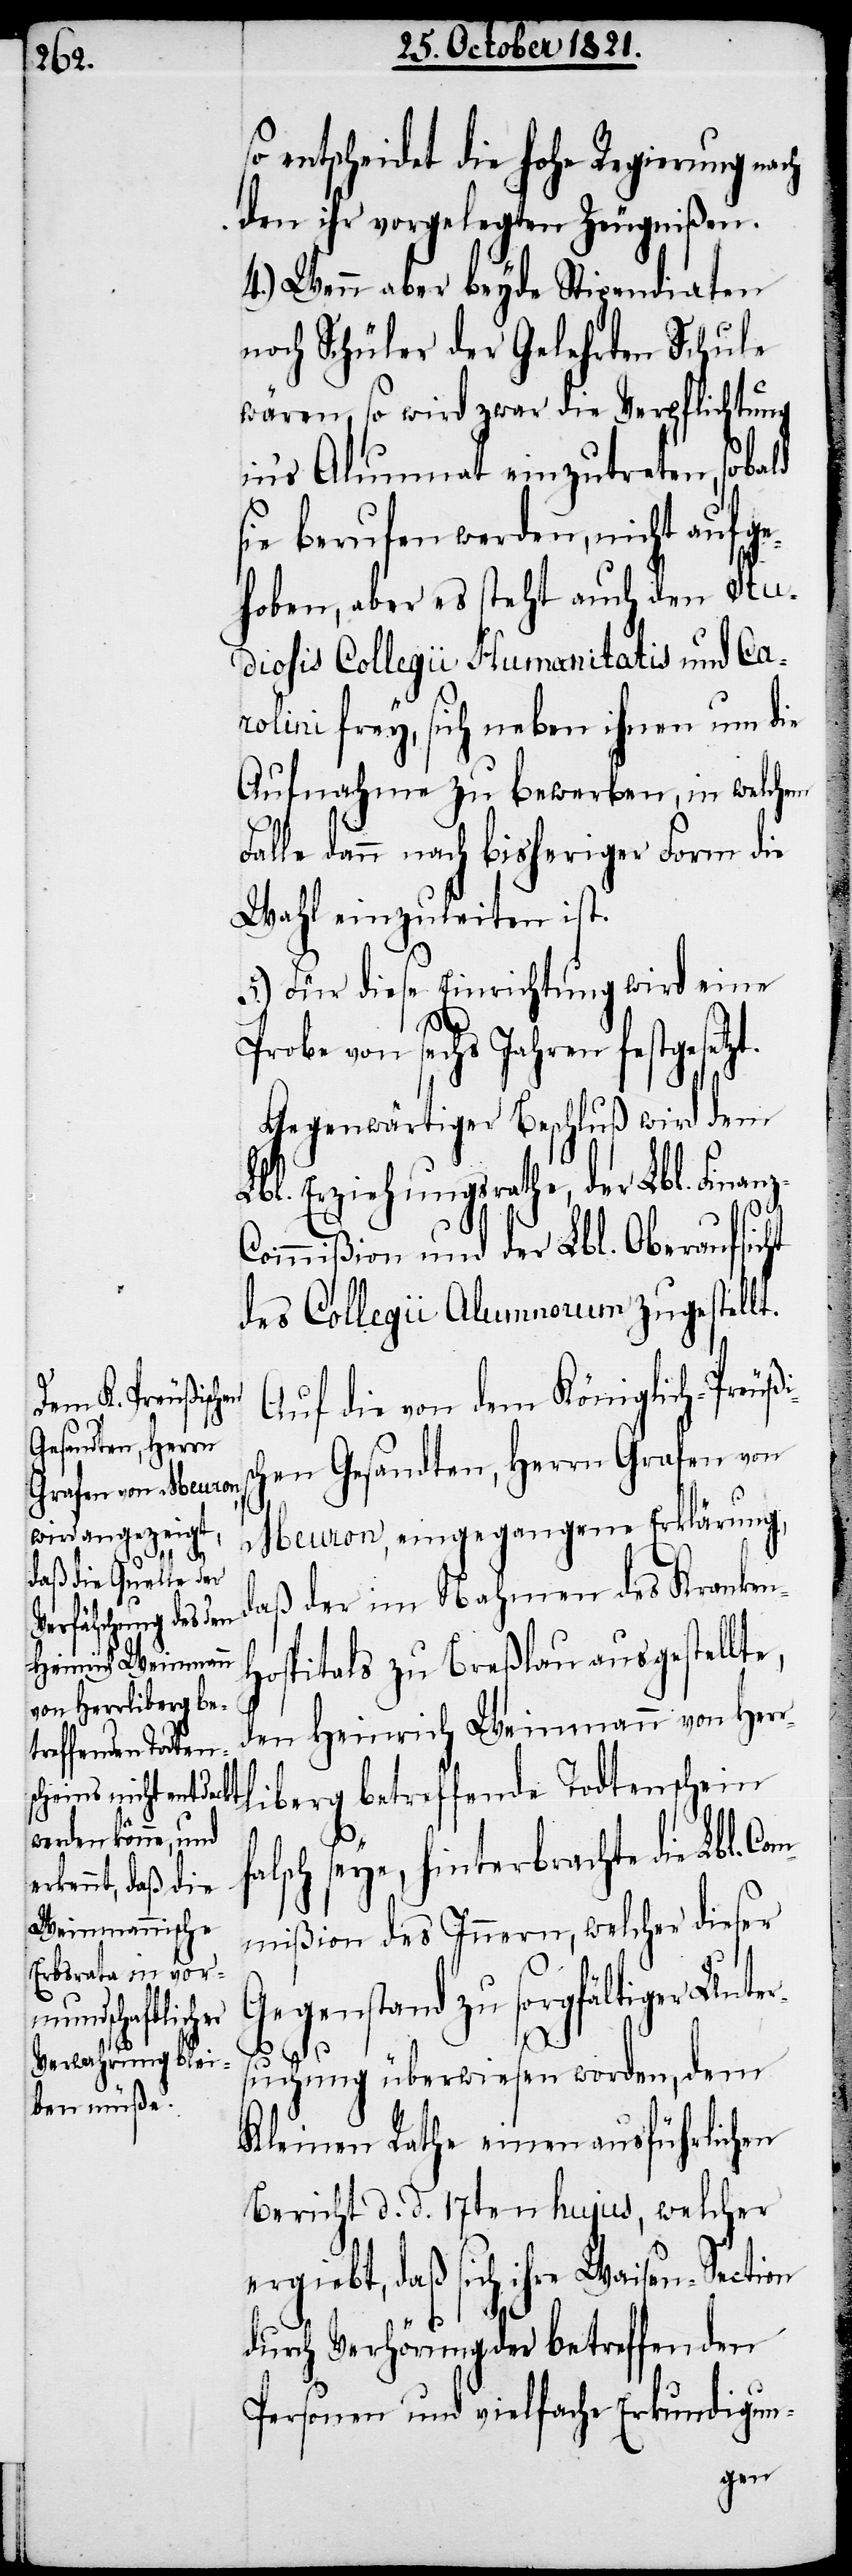
Com¬

isc¬

entscheidet die hohe Regierung nach
den ihr vorgelegten Zeugnißen.
4.) Wenn aber beyde Stipendiaten
noch Schüler der Gelehrten Schule
wären, so wird zwar die Verpflichtung
in‘s Alumnat einzutreten, sobald
sie berufen werden, nicht aufge¬
hoben, aber es steht auch den Stu¬
diosis Collegii Humanitatis und Ca¬
rolini frey, sich neben ihnen um die
Aufnahme zu bewerben, in welchem
Falle dann nach bisheriger Form die
Wahl einzuleiten ist.
5.) Für diese Einrichtung wird eine
Probe von sechs Jahren festgesetz¬
Gegenwärtiger Beschluß wird dem
Lbl. Erziehungsrathe, der Lbl. Finan¬
ommißion und der Lbl. Oberaufsicht
des Collegii Alumnorum zugestellt.
Auf die von dem Königlich-Preuß¬
hen Gesandten, Herrn Grafen von
Meuron, eingegangene Erklärung,
daß der im Nahmen des Kranken¬
hospitals zu Breßlau ausgestellt¬
den Heinrich Weinmann von Herr¬
liberg betreffende Todtenschein
lsch seye, hinterbrachte die Lbl.
mißion des Innern, welcher dieser
Gegenstand zu sorgfältiger Unte¬
e,
rsuchung überwiesen worden, dem
Kleinen Rathe einen ausführlichen
Bericht d. d. 17ten hujus, welcher
ergiebt, daß sich ihre Waisen-Section
durch Verhörung der betreffenden
Personen und vielfache Erkundigun-